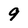
Character: 9